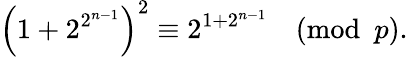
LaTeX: \left(1+2^{2^{n-1}}\right)^{2}\equiv 2^{1+2^{n-1}}{\pmod{p}}.